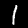
Digit: 1